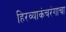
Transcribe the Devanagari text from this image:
हिरव्याकंचरंगाचा